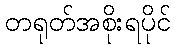
တရုတ်အစိုးရပိုင်